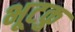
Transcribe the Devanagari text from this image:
भूटकु